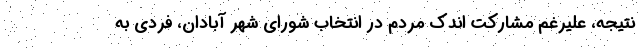
نتیجه، علیرغم مشارکت اندک مردم در انتخاب شورای شهر آبادان، فردی به